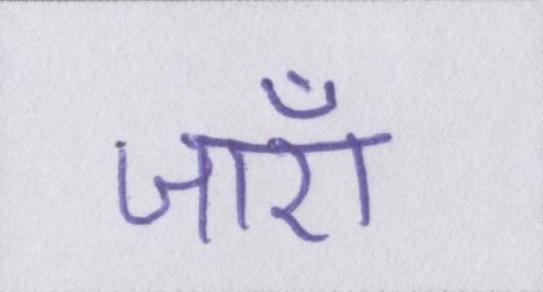
जाएँ